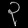
Digit: ၃